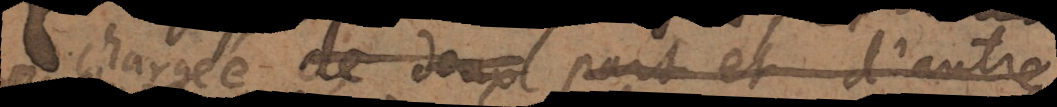
et chargée de part et d’autre